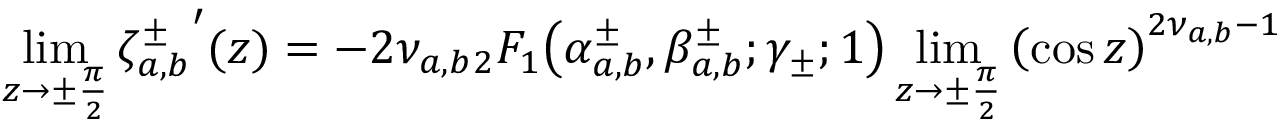
\operatorname* { l i m } _ { z \rightarrow \pm \frac { \pi } { 2 } } { \zeta _ { a , b } ^ { \pm } } ^ { \prime } ( z ) = - 2 \nu _ { a , b } { } _ { 2 } F _ { 1 } \! \left( \alpha _ { a , b } ^ { \pm } , \beta _ { a , b } ^ { \pm } ; \gamma _ { \pm } ; 1 \right) \operatorname* { l i m } _ { z \rightarrow \pm \frac { \pi } { 2 } } { \left( \cos { z } \right) } ^ { 2 \nu _ { a , b } - 1 }